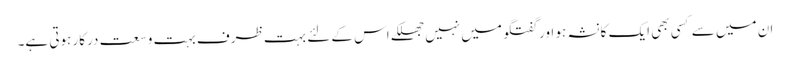
ان میں سے کسی بھی ایک کا نشہ ہو اور گفتگو میں نہیں جھلکے اس کے لئے بہت ظرف بہت وسعت درکار ہوتی ہے۔